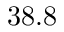
3 8 . 8